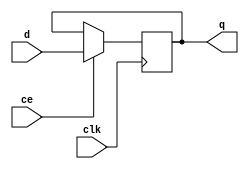
`timescale 1ns / 1ps
/***********************************************************************************************************************
*                                                                                                                      *
* ANTIKERNEL v0.1                                                                                                      *
*                                                                                                                      *
* Copyright (c) 2012-2016 Andrew D. Zonenberg                                                                          *
* All rights reserved.                                                                                                 *
*                                                                                                                      *
* Redistribution and use in source and binary forms, with or without modification, are permitted provided that the     *
* following conditions are met:                                                                                        *
*                                                                                                                      *
*    * Redistributions of source code must retain the above copyright notice, this list of conditions, and the         *
*      following disclaimer.                                                                                           *
*                                                                                                                      *
*    * Redistributions in binary form must reproduce the above copyright notice, this list of conditions and the       *
*      following disclaimer in the documentation and/or other materials provided with the distribution.                *
*                                                                                                                      *
*    * Neither the name of the author nor the names of any contributors may be used to endorse or promote products     *
*      derived from this software without specific prior written permission.                                           *
*                                                                                                                      *
* THIS SOFTWARE IS PROVIDED BY THE AUTHORS "AS IS" AND ANY EXPRESS OR IMPLIED WARRANTIES, INCLUDING, BUT NOT LIMITED   *
* TO, THE IMPLIED WARRANTIES OF MERCHANTABILITY AND FITNESS FOR A PARTICULAR PURPOSE ARE DISCLAIMED. IN NO EVENT SHALL *
* THE AUTHORS BE HELD LIABLE FOR ANY DIRECT, INDIRECT, INCIDENTAL, SPECIAL, EXEMPLARY, OR CONSEQUENTIAL DAMAGES        *
* (INCLUDING, BUT NOT LIMITED TO, PROCUREMENT OF SUBSTITUTE GOODS OR SERVICES; LOSS OF USE, DATA, OR PROFITS; OR       *
* BUSINESS INTERRUPTION) HOWEVER CAUSED AND ON ANY THEORY OF LIABILITY, WHETHER IN CONTRACT, STRICT LIABILITY, OR TORT *
* (INCLUDING NEGLIGENCE OR OTHERWISE) ARISING IN ANY WAY OUT OF THE USE OF THIS SOFTWARE, EVEN IF ADVISED OF THE       *
* POSSIBILITY OF SUCH DAMAGE.                                                                                          *
*                                                                                                                      *
***********************************************************************************************************************/

/**
	@file
	@author Andrew D. Zonenberg
	@brief RPM for a single flipflop
 */

module RegisterMacro(clk, d, ce, q);
	
	////////////////////////////////////////////////////////////////////////////////////////////////////////////////////
	// I/O and parameter declarations

	parameter INIT = 0;
	parameter CE = 1;

	input wire	clk;
	input wire	ce;
	input wire	d;
	
	(* RLOC = "X0Y0" *)
	output reg q = INIT;
	
	////////////////////////////////////////////////////////////////////////////////////////////////////////////////////
	// Flipflop logic (stupid simple :D)
	
	generate
		if(CE) begin
			always @(posedge clk) begin
				if(ce)
					q <= d;
			end
		end
		
		else begin
			always @(posedge clk) begin
				q <= d;
			end
		end
		
	endgenerate

endmodule